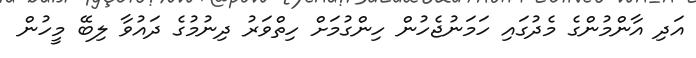
އަދި އާންމުންގެ މެދުގައި ހަމަނުޖެހުން ހިންގުމަށް ހިތްވަރު ދިނުމުގެ ދައުވާ ލިބޭ މީހުން